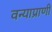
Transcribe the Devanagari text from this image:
वन्याप्राणी